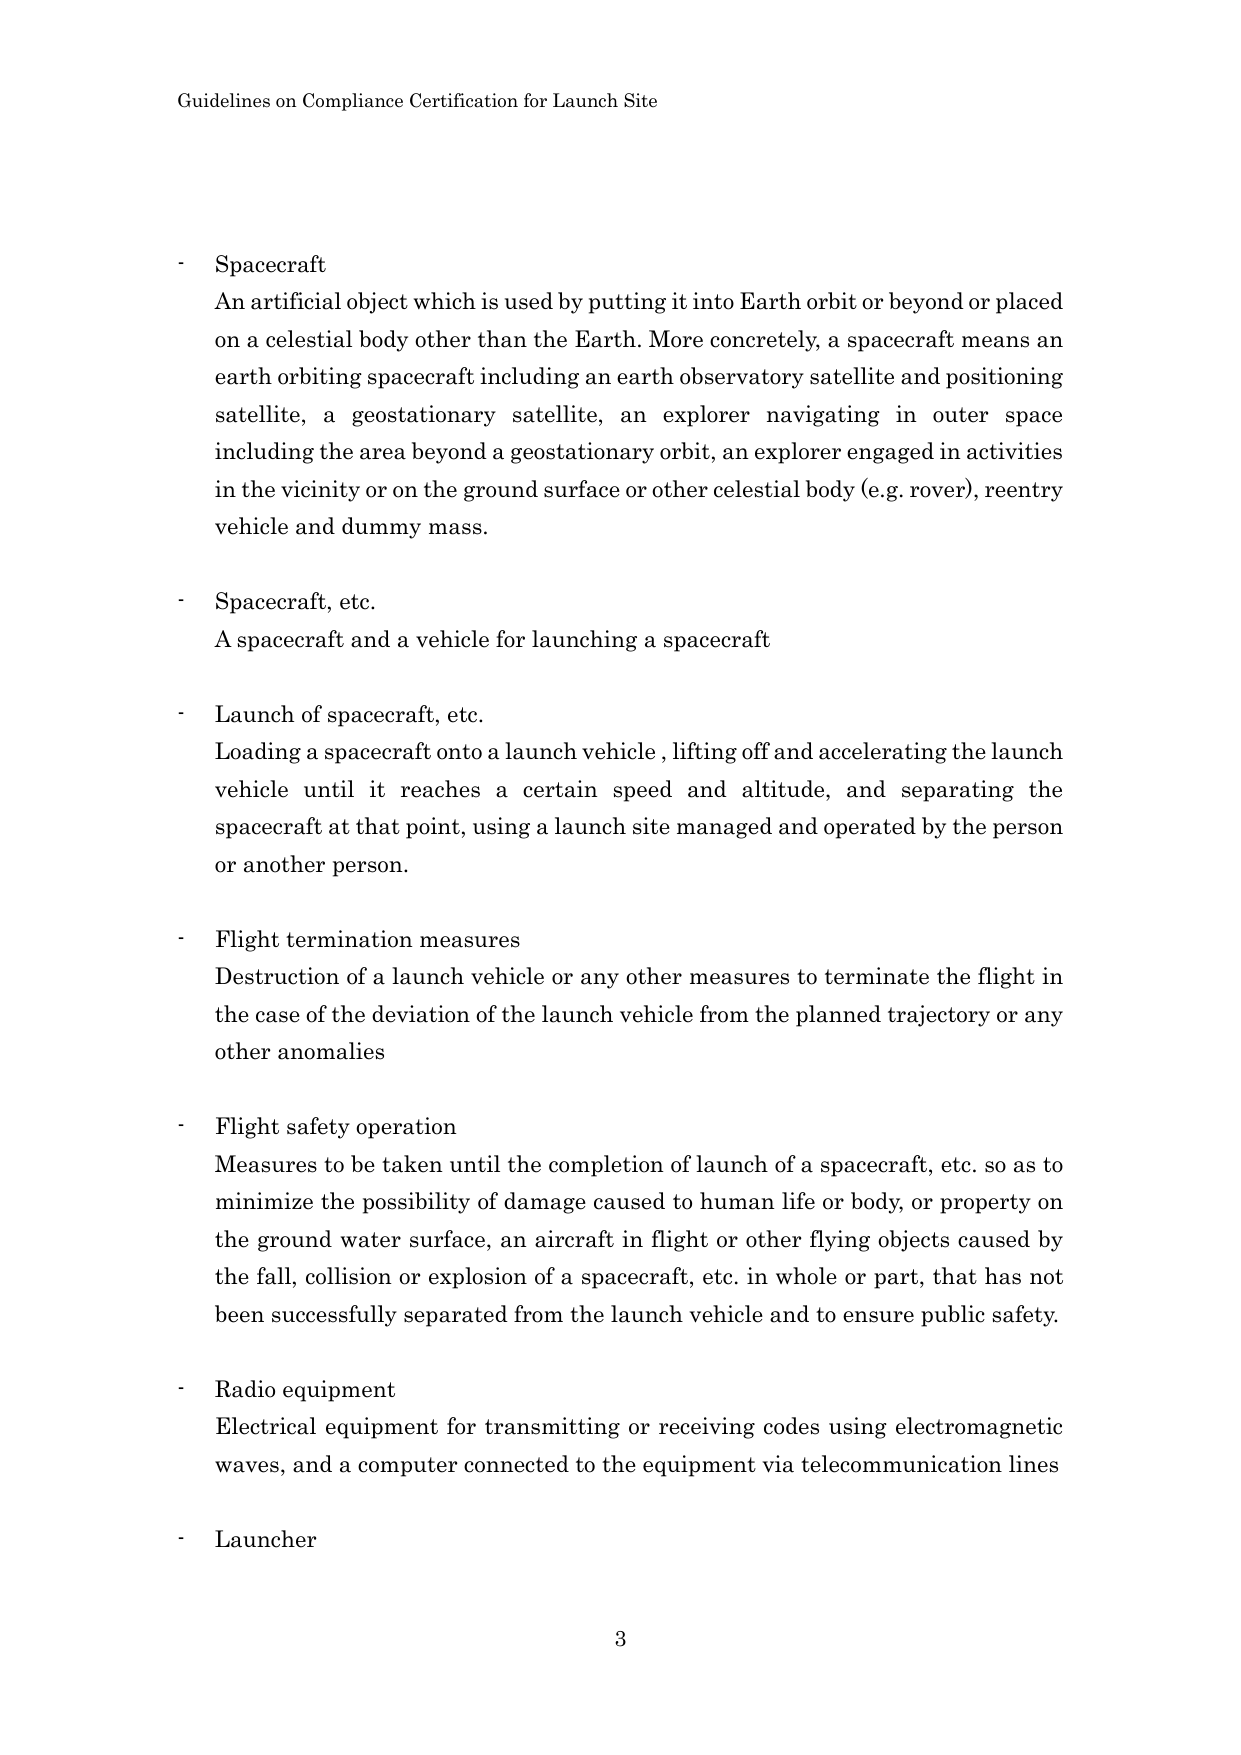
Guidelines on Compliance Certification for Launch Site

- Spacecraft
An artificial object which is used by putting it into Earth orbit or beyond or placed on a celestial body other than the Earth. More concretely, a spacecraft means an earth orbiting spacecraft including an earth observatory satellite and positioning satellite, a geostationary satellite, an explorer navigating in outer space including the area beyond a geostationary orbit, an explorer engaged in activities in the vicinity or on the ground surface or other celestial body (e.g. rover), reentry vehicle and dummy mass.

- Spacecraft, etc.
A spacecraft and a vehicle for launching a spacecraft

- Launch of spacecraft, etc.
Loading a spacecraft onto a launch vehicle, lifting off and accelerating the launch vehicle until it reaches a certain speed and altitude, and separating the spacecraft at that point, using a launch site managed and operated by the person or another person.

- Flight termination measures
Destruction of a launch vehicle or any other measures to terminate the flight in the case of the deviation of the launch vehicle from the planned trajectory or any other anomalies

- Flight safety operation
Measures to be taken until the completion of launch of a spacecraft, etc. so as to minimize the possibility of damage caused to human life or body, or property on the ground water surface, an aircraft in flight or other flying objects caused by the fall, collision or explosion of a spacecraft, etc. in whole or part, that has not been successfully separated from the launch vehicle and to ensure public safety.

- Radio equipment
Electrical equipment for transmitting or receiving codes using electromagnetic waves, and a computer connected to the equipment via telecommunication lines

- Launcher

3